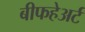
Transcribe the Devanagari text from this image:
बीफहेअर्ट